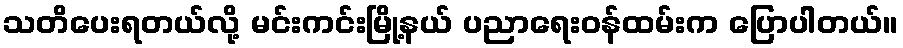
သတိပေးရတယ်လို့ မင်းကင်းမြို့နယ် ပညာရေးဝန်ထမ်းက ပြောပါတယ်။